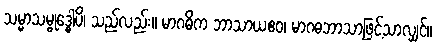
သမ္မာသမ္ဗုဒ္ဓေါပိ၊ သည်လည်း။ မာဂဓိက ဘာသာယဧဝ၊ မာဂဓဘာသာဖြင့်သာလျှင်။